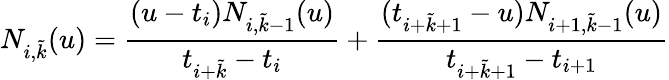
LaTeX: N_{i,\tilde{k}}(u)=\frac{(u-t_{i})N_{i,\tilde{k}-1}(u)}{t_{i+\tilde{k}}-t_{i}}+\frac{(t_{i+\tilde{k}+1}-u)N_{i+1,\tilde{k}-1}(u)}{t_{i+\tilde{k}+1}-t_{i+1}}